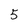
Character: 5